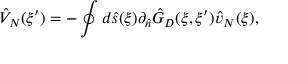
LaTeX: { \hat { V } _ { N } } ( \xi ^ { \prime } ) = - \oint { d } \hat { s } ( \xi ) { \partial _ { \hat { n } } } { \hat { G } _ { D } } ( \xi , \xi ^ { \prime } ) { \hat { v } _ { N } } ( \xi ) ,